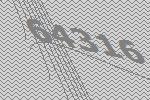
64316